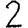
Digit: 2